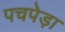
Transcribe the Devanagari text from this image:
पचपेड़ा